Indian journal of veterinary science and animal husbandry - Volumes 18-21, 1948-1951
Year: 1948
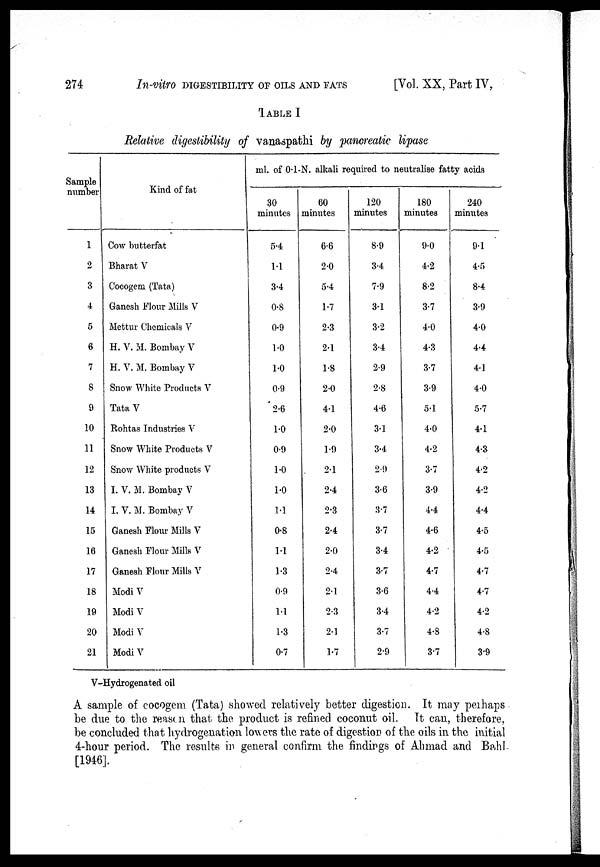
274
In-vitro DIGESTIBILITY OF OILS AND FATS [Vol. XX, Part IV,
TABLE I
Relative digestibility of vanaspathi by pancreatic lipase
Sample
number
1
2
3
4
5
6
7
8
9
10
11
12
13
14
15
16
17
18
19
20
21
Kind of fat
Cow butterfat
Bharat V
Cocogem (Tata)
Ganesh Flour Mills V
Mettur Chemicals V
H. V. M. Bombay V
H. V. M. Bombay V
Snow White Products V
Tata V
Rohtas Industries V
Snow White Products V
Snow White products V
I. V. M. Bombay V
I. V. M. Bombay V
Ganesh Flour Mills V
Ganesh Flour Mills V
Ganesh Flour Mills V
Modi V
Modi V
Modi V
Modi V
ml. of 0.1-N. alkali required to neutralise fatty acids
30
minutes
5.4
1.1
3.4
0.8
0.9
1.0
1.0
0.9
2.6
1.0
0.9
1.0
1.0
1.1
0.8
1.1
1.3
0.9
1.1
1.3
0.7
60
minutes
6.6
2.0
5.4
1.7
2.3
2.1
1.8
2.0
4.1
2.0
1.9
2.1
2.4
2.3
2.4
2.0
2.4
2.1
2.3
2.1
1.7
120
minutes
8.9
3.4
7.9
3.1
3.2
3.4
2.9
2.8
4.6
3.1
3.4
2.9
3.6
3.7
3.7
3.4
3.7
3.6
3.4
3.7
2.9
180
minutes
9.0
4.2
8.2
3.7
4.0
4.3
3.7
3.9
5.1
4.0
4.2
3.7
3.9
4.4
4.6
4.2
4.7
4.4
4.2
4.8
3.7
240
minutes
9.1
4.5
8.4
3.9
4.0
4.4
4.1
4.0
5.7
4.1
4.3
4.2
4.2
4.4
4.5
4.5
4.7
4.7
4.2
4.8
3.9
V-Hydrogenated oil
A sample of cocogem (Tata) showed relatively better digestion. It may perhaps
be due to the reason that the product is refined coconut oil. It can, therefore,
be concluded that hydrogenation lowers the rate of digestion of the oils in the initial
4-hour period. The results in general confirm the findings of Ahmad and Bahl-
[1946].